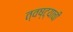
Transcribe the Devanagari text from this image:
त्वष्ट्याची